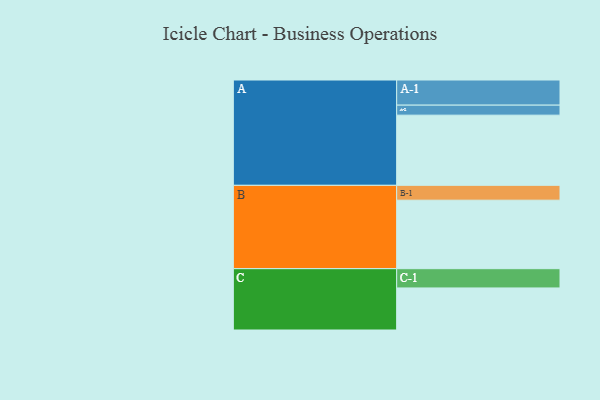
{"axis": {"x": "Segment", "y": "Value"}, "legend": ["", "A", "B", "C"], "data": [{"x": "A", "y": 539, "type": ""}, {"x": "B", "y": 526, "type": ""}, {"x": "C", "y": 323, "type": ""}, {"x": "A-1", "y": 193, "type": "A"}, {"x": "A-2", "y": 77, "type": "A"}, {"x": "B-1", "y": 114, "type": "B"}, {"x": "C-1", "y": 148, "type": "C"}]}